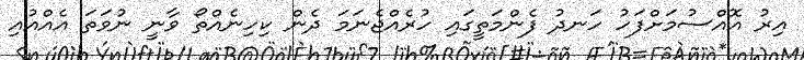
އިރު އޮއްސުމަށްފަހު ހަނދު ފެންމަތީގައި ހުރެއްޖެނަމަ ދެން ކިހިނެއްތޯ ވާނީ ނުވަތަ އެއްއުއި